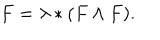
F = \lambda * ( F \wedge F ) .